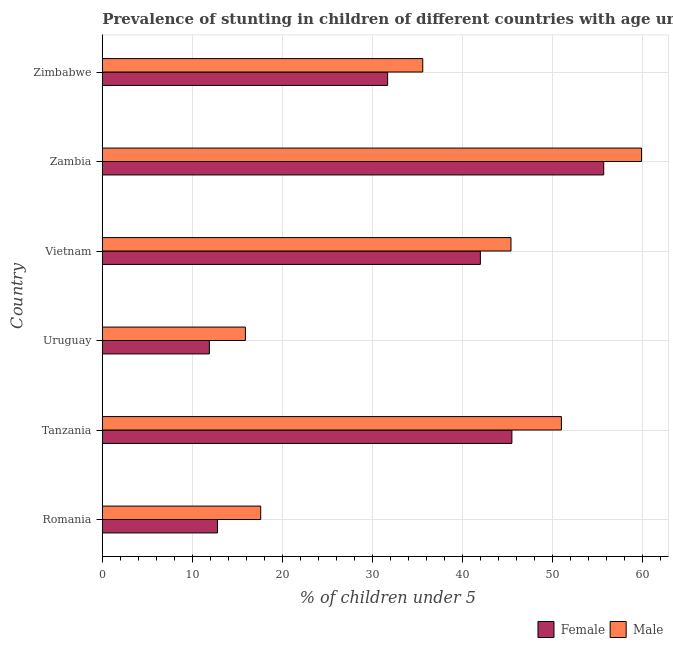
| Country | Female | Male |
 | --- | --- | --- |
 | Romania | 12.8 | 17.6 |
 | Tanzania | 45.5 | 51 |
 | Uruguay | 11.9 | 15.9 |
 | Vietnam | 42 | 45.4 |
 | Zambia | 55.7 | 59.9 |
 | Zimbabwe | 31.7 | 35.6 |